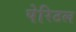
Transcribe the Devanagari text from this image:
पेरिटल